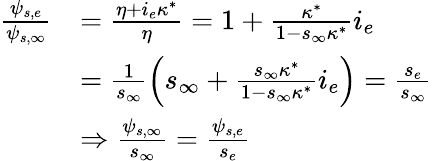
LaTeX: \begin{array}{rl}{\frac{\psi_{s,e}}{\psi_{s,\infty}}}&{=\frac{\eta+i_{e}\kappa^{*}}{\eta}=1+\frac{\kappa^{*}}{1-s_{\infty}\kappa^{*}}i_{e}}\\ &{=\frac{1}{s_{\infty}}\left(s_{\infty}+\frac{s_{\infty}\kappa^{*}}{1-s_{\infty}\kappa^{*}}i_{e}\right)=\frac{s_{e}}{s_{\infty}}}\\ &{\Rightarrow\frac{\psi_{s,\infty}}{s_{\infty}}=\frac{\psi_{s,e}}{s_{e}}}\end{array}